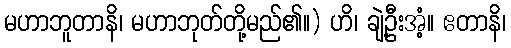
မဟာဘူတာနိ၊ မဟာဘုတ်တို့မည်၏။) ဟိ၊ ချဲ့ဦးအံ့။ ဧတာနိ၊